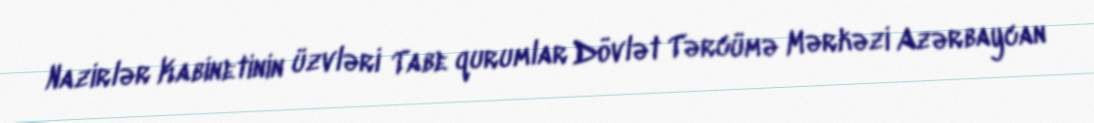
Nazirlər Kabinetinin üzvləri Tabe qurumlar Dövlət Tərcümə Mərkəzi Azərbaycan